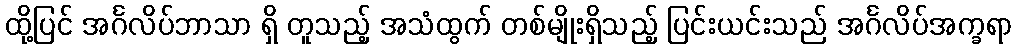
ထို့ပြင် အင်္ဂလိပ်ဘာသာ ရှိ တူသည့် အသံထွက် တစ်မျိုးရှိသည့် ပြင်းယင်းသည် အင်္ဂလိပ်အက္ခရာ